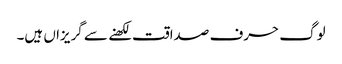
لوگ حرف صداقت لکھنے سے گریزاں ہیں۔